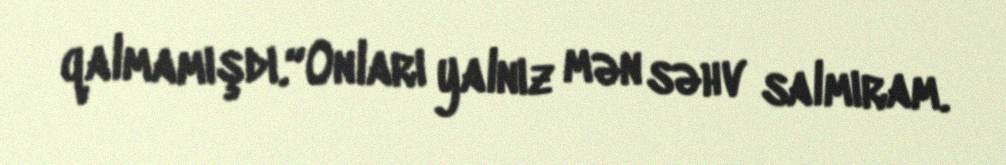
qalmamışdı.“Onları yalnız mən səhv salmıram.